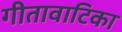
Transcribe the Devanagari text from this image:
गीतावाटिका